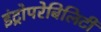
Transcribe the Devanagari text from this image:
इंट्रोपरेबिलिटी